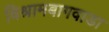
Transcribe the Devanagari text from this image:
विश्रामबागवाडा